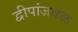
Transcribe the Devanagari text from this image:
द्वीपांजवळ